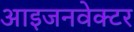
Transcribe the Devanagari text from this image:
आइजनवेक्टर